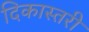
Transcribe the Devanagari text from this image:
दिकास्तरी